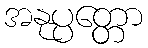
အနုပ္ပတ္တော